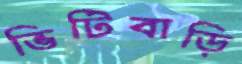
ভিটিবাড়ি